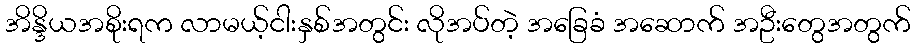
အိန္ဒိယအစိုးရက လာမယ့်ငါးနှစ်အတွင်း လိုအပ်တဲ့ အခြေခံ အဆောက် အဦးတွေအတွက်